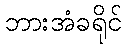
ဘားအံခရိုင်